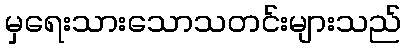
မှရေးသားသောသတင်းများသည်